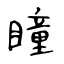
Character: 瞳